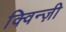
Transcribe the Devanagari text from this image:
क्विन्ज़ी